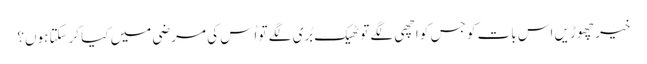
خیر چھوڑیں اس بات کو جس کو اچھی لگے تو ٹھیک بُری لگے تو اُس کی مرضی میں کیا کرسکتا ہوں؟